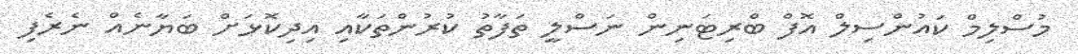
މުސްލިމް ކައުންސިލް އޮފް ބްރިޓަނިން ނަސްލީ ތަފާތު ކުރުންތަކާއި އިދިކޮޅަށް ބަޔާނެއް ނެރެފި